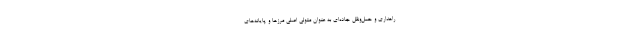
راهداری و حمل‌ونقل جاده‌ای به عنوان متولی اصلی مرزها و پایانه‌های